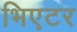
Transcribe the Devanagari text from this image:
भिएटर